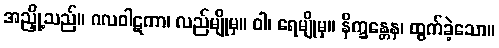
အညှို့သည်။ ဂလဝါဋကာ၊ လည်မျိုမှ။ ဝါ၊ ရေမျိုမှ။ နိက္ခန္တေန၊ ထွက်ခဲ့သော။